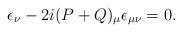
LaTeX: \begin{align*}\epsilon_\nu - 2i(P+Q)_\mu \epsilon_{\mu\nu}=0 .\end{align*}